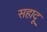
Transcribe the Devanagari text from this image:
सहादू